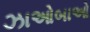
ઝાઓબાઓ